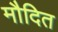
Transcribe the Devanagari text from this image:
मौदित